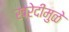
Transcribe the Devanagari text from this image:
खरेदीमुळे